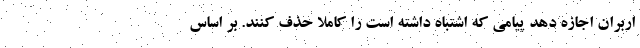
اربران اجازه دهد پیامی که اشتباه داشته است را کاملا حذف کنند. بر اساس